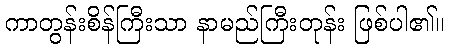
ကာတွန်းစိန်ကြီးသာ နာမည်ကြီးတုန်း ဖြစ်ပါ၏။